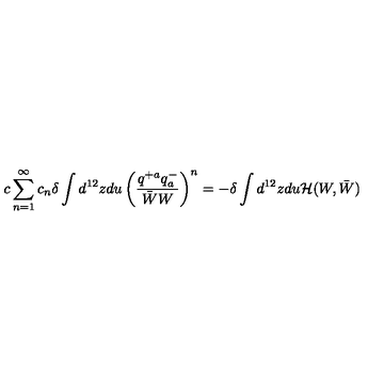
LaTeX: c \sum _ { n = 1 } ^ { \infty } c _ { n } \delta \int d ^ { 1 2 } z d u \left( \frac { q ^ { + a } q _ { a } ^ { - } } { \bar { W } W } \right) ^ { n } = - \delta \int d ^ { 1 2 } z d u { \cal H } ( W , \bar { W } )